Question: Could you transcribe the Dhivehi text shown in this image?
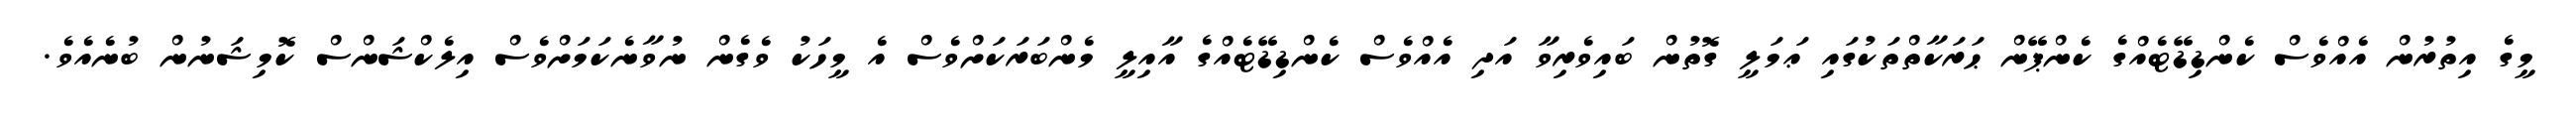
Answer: މީގެ އިތުރުން އެއްވެސް ކެންޑިޑޭޓެއްގެ ކެންޕޭން ޙަރަކާތްތަކުގައި ޢަމަލީ ގޮތުން ބައިވެރިވާ އަދި އެއްވެސް ކެންޑިޑޭޓެއްގެ އާއިލީ މެންބަރަކަށްވެސް އެ މީހަކު ވެގެން ނުވާނެކަމަށްވެސް އިލެކްޝަންސް ކޮމިޝަނުން ބުނެއެވެ.